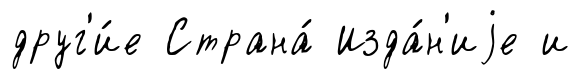
друг'и́е Страна́ Изда́н'иjе и